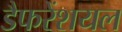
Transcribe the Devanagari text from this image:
डैफरेंशयल